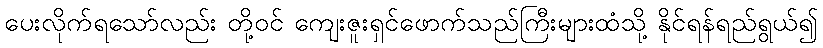
ပေးလိုက်ရသော်လည်း တို့ဝင် ကျေးဇူးရှင်ဖောက်သည်ကြီးများထံသို့ နိုင်ရန်ရည်ရွယ်၍